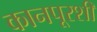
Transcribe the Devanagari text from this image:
कानपूरशी